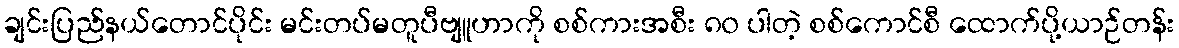
ချင်းပြည်နယ်တောင်ပိုင်း မင်းတပ်မတူပီဗျူဟာကို စစ်ကားအစီး ၈၀ ပါတဲ့ စစ်ကောင်စီ ထောက်ပို့ယာဉ်တန်း